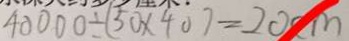
4 0 0 0 0 \div ( 5 0 \times 4 0 ) = 2 0 c m